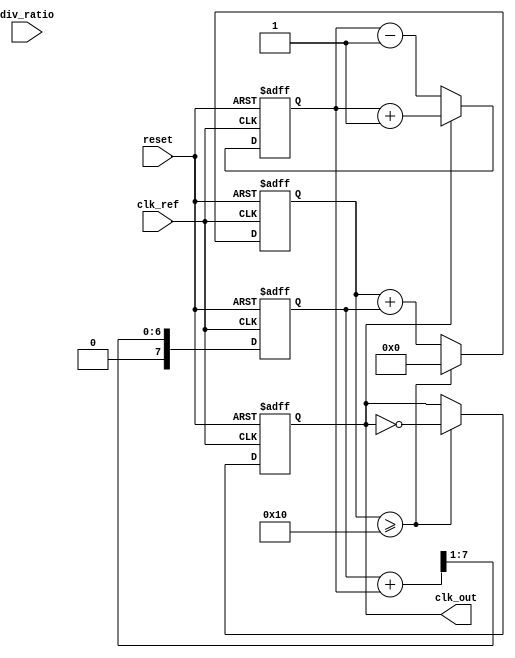
module fractional_PLL(
    input wire clk_ref,            // Reference clock input
    input wire reset,              // Asynchronous reset
    input wire [7:0] div_ratio,    // Division ratio for frequency divider
    output reg clk_out             // Output clock
);

// Parameters
parameter N = 16;                 // VCO frequency multiplier
parameter LF_SIZE = 8;            // Loop filter size

// Internal signals
reg [LF_SIZE-1:0] error_signal;   // Error signal from Phase Detector
reg [LF_SIZE-1:0] filter_out;      // Output from Loop Filter
reg [N-1:0] vco_count;             // VCO counter
reg [N-1:0] divider_count;         // Frequency divider counter

// Phase Detector (PD)
always @(posedge clk_ref or posedge reset) begin
    if (reset) begin
        error_signal <= 0;
    end else begin
        // Simple phase comparison
        // Assuming clk_out is produced at a specific frequency
        if (clk_out) begin
            error_signal <= error_signal + 1; // Output clock is leading
        end else begin
            error_signal <= error_signal - 1; // Output clock is lagging
        end
    end
end

// Loop Filter (LF)
always @(posedge clk_ref or posedge reset) begin
    if (reset) begin
        filter_out <= 0;
    end else begin
        // Simple low-pass filter for smoothing the error signal
        filter_out <= (filter_out + error_signal) >> 1; // Averaging
    end
end

// Voltage-Controlled Oscillator (VCO)
always @(posedge clk_ref or posedge reset) begin
    if (reset) begin
        vco_count <= 0;
        clk_out <= 0;
    end else begin
        vco_count <= vco_count + filter_out; // Adjust frequency based on filter output
        if (vco_count >= N) begin
            clk_out <= ~clk_out; // Toggle output clock
            vco_count <= 0;      // Reset counter
        end
    end
end

// Frequency Divider
always @(posedge clk_out or posedge reset) begin
    if (reset) begin
        divider_count <= 0;
    end else begin
        divider_count <= divider_count + 1;
        if (divider_count >= div_ratio) begin
            // Feedback to Phase Detector can be implemented here
            divider_count <= 0; // Reset counter after division
        end
    end
end

endmodule